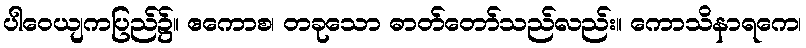
ပါဝေယျကပြည်၌။ ဧကောစ၊ တခုသော ဓာတ်တော်သည်လည်း။ ကောသိနာရကေ၊